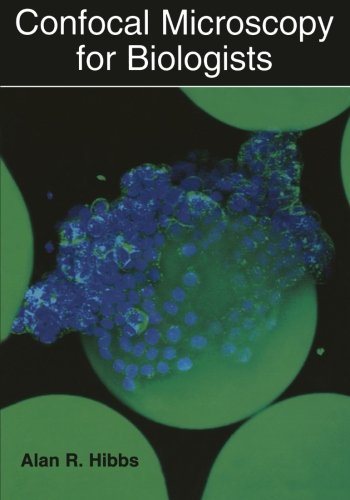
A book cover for Confocal Microscopy for Biologists; Alan R. Hibbs; Medical Books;